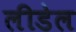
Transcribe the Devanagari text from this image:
लीडेल